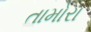
તામોરા